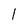
Character: 1